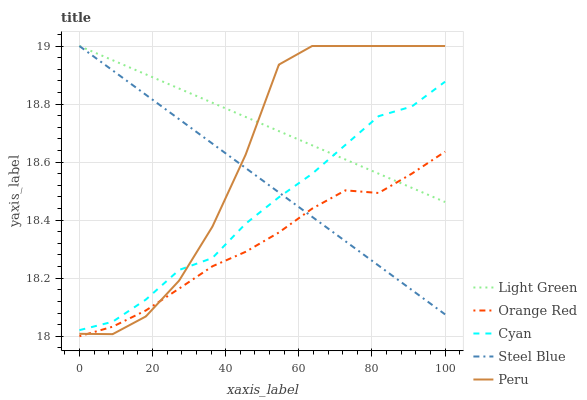
| xaxis_label | Light Green | Orange Red | Cyan | Steel Blue | Peru |
 | --- | --- | --- | --- | --- | --- |
 | 0 | 19 | 18 | 18 | 19 | 18 |
 | 9.09 | 19 | 18 | 18 | 18.9 | 18 |
 | 18.2 | 18.9 | 18.1 | 18.1 | 18.8 | 18.1 |
 | 27.3 | 18.9 | 18.2 | 18.2 | 18.7 | 18.2 |
 | 36.4 | 18.8 | 18.2 | 18.3 | 18.7 | 18.4 |
 | 45.5 | 18.8 | 18.3 | 18.4 | 18.6 | 18.6 |
 | 54.5 | 18.7 | 18.4 | 18.5 | 18.5 | 18.9 |
 | 63.6 | 18.7 | 18.4 | 18.6 | 18.4 | 19 |
 | 72.7 | 18.6 | 18.5 | 18.7 | 18.3 | 19 |
 | 81.8 | 18.6 | 18.5 | 18.8 | 18.2 | 19 |
 | 90.9 | 18.5 | 18.6 | 18.8 | 18.2 | 19 |
 | 100 | 18.5 | 18.6 | 18.9 | 18.1 | 19 |